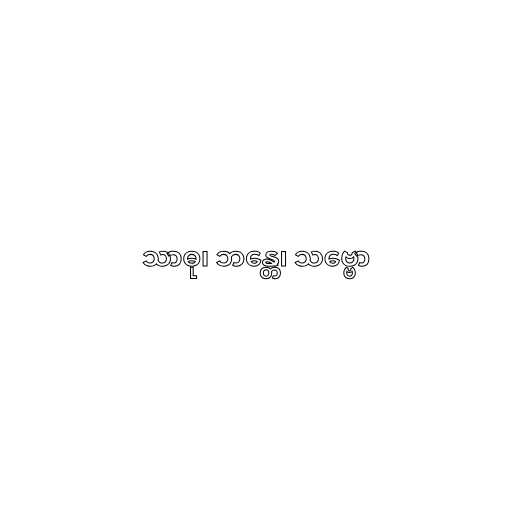
သာဓု၊ ဘန္တေ၊ သဗ္ဗော